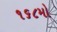
૧૬૮મો